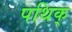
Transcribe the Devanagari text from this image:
पथिक्‌